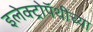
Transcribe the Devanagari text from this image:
इलेक्ट्रोपॅथीच्या